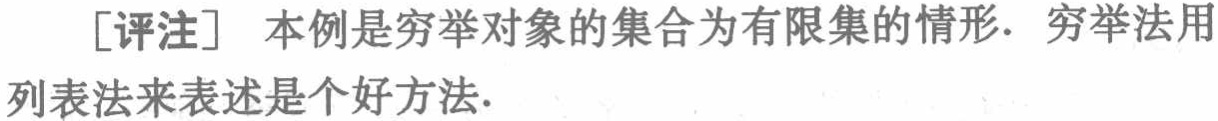
[评注] 本例是穷举对象的集合为有限集的情形. 穷举法用列表法来表述是个好方法.